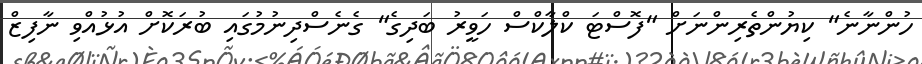
ހުންނާނެ" ކިޔުންތެރިންނަށް "ފޮސްޓަ ކްލާކްސް ހަވީރު ބަދިގެ" ގެނެސްދިނުމުގައި ބުރަކޮށް އުޅުއްވި ނާފިޒް